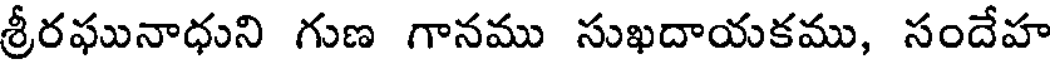
శ్రీరఘునాధుని గుణ గానము సుఖదాయకము, సందేహ